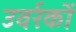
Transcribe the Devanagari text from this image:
उवर्रकों